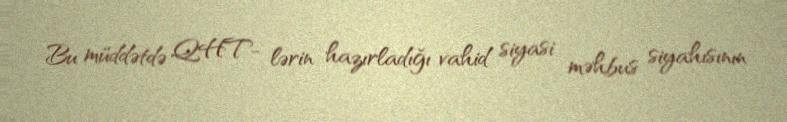
Bu müddətdə QHT- lərin hazırladığı vahid siyasi məhbus siyahısının